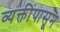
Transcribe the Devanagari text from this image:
व्यक्तींपासून